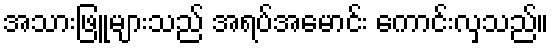
အသားဖြူများသည် အရပ်အမောင်း ကောင်းလှသည်။